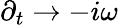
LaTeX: \partial_{t}\to-i\omega